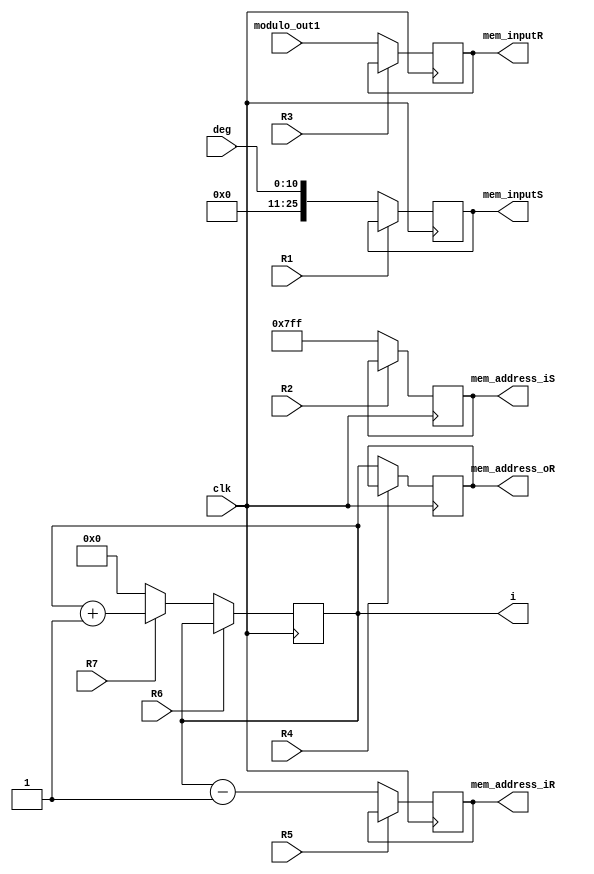
`timescale 1ns / 1ps
//////////////////////////////////////////////////////////////////////////////////
// Company: 
// Engineer: 
// 
// Design Name: 
// Module Name: KeyGen_DP
// Project Name: 
// Target Devices: 
// Tool Versions: 
// Description: 
// 
// Dependencies: 
// 
// Revision:
// Revision 0.01 - File Created
// Additional Comments:
// 
//////////////////////////////////////////////////////////////////////////////////


module KeyGen_DP(
    input clk,
    input [10:0] deg,
    input [12:0]modulo_out1,
    output reg [12:0]mem_inputR, 
    output reg [10:0]mem_address_iR, 
    output reg [10:0]mem_address_oR,
    output reg [25:0]mem_inputS, 
    output reg [10:0]mem_address_iS,i,
    input R1, R2, R3, R4, R5,  R6, R7
    );
    
    wire [25:0] nextmem_inputS;
    wire [10:0] nextmem_addres_iS;
    wire [12:0] nextmem_inputR;
    wire [10:0] nextmem_addres_iR;
    wire [10:0] nextmem_addres_oR;
    wire [10:0] nexti;
    
    
        // Registro M
    always @(posedge clk)
        mem_inputS <= nextmem_inputS;
    // Parte combinacional de M
    assign nextmem_inputS = R1 ? mem_inputS : deg;
    
    always @(posedge clk)
        mem_address_iS <= nextmem_addres_iS;
    // Parte combinacional de RP
    assign nextmem_addres_iS =R2 ? (mem_address_iS): 26'd2047;
    
        // Registro M
    always @(posedge clk)
        mem_inputR <= nextmem_inputR;
    // Parte combinacional de M
    assign nextmem_inputR = R3 ? mem_inputR : modulo_out1;
    
    // Registro A
    always @(posedge clk)
        i <= nexti;
    assign nexti = R6 ? R7 ? (i): (i) : R7 ? (i+1): (0);
    
    always @(posedge clk)
        mem_address_oR <= nextmem_addres_oR;
    // Parte combinacional de RP
    assign nextmem_addres_oR = R4 ? mem_address_oR: (i);
    
    
    always @(posedge clk)
        mem_address_iR <= nextmem_addres_iR;
    // Parte combinacional de RP
    assign nextmem_addres_iR =R5 ? (mem_address_iR): (i-1);
    
    
endmodule